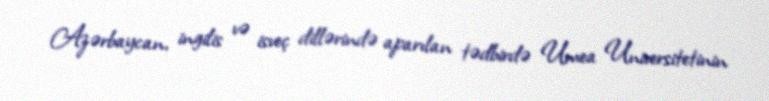
Azərbaycan, ingilis və isveç dillərində aparılan tədbirdə Umea Universitetinin